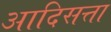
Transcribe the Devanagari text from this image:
आदिसत्ता